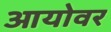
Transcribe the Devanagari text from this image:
आयोवर